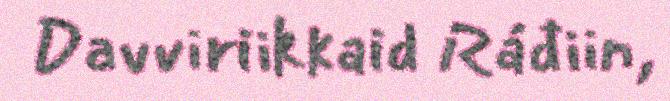
Davviriikkaid Ráđiin,